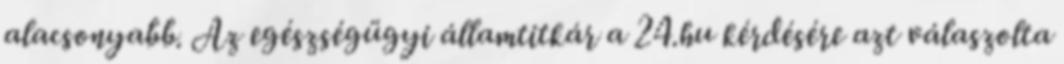
alacsonyabb. Az egészségügyi államtitkár a 24.hu kérdésére azt válaszolta